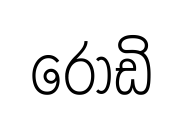
රොඩි